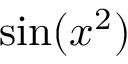
\sin ( x ^ { 2 } )